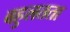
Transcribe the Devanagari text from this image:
बहुलतता